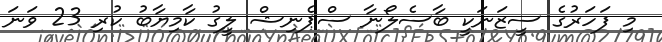
މި ފަހަރުގެ ސީޒަނަކީ ބާސެލޯނާ ސްޕެނިޝް ލީގު ކާމިޔާބު ކުރި 23 ވަނަ